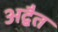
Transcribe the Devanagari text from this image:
अद्बैत